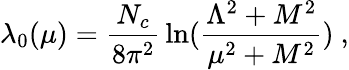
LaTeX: \lambda_{0}(\mu)={\frac{N_{c}}{8\pi^{2}}}\ln({\frac{\Lambda^{2}+M^{2}}{\mu^{2}+M^{2}}})\ ,